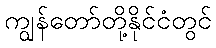
ကျွန်တော်တို့နိုင်ငံတွင်